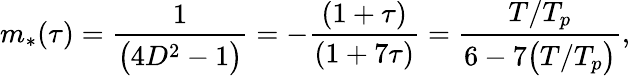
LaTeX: \begin{array}{ccc}{\displaystyle{m_{*}(\tau)=\frac{1}{\big(4D^{2}-1\big)}=-\frac{(1+\tau)}{(1+7\tau)}=\frac{T/T_{p}}{6-7\big(T/T_{p}\big)},}}\end{array}